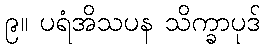
၉။ ပရံအိသပန သိက္ခာပုဒ်